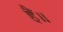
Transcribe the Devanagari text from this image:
हैँ॥